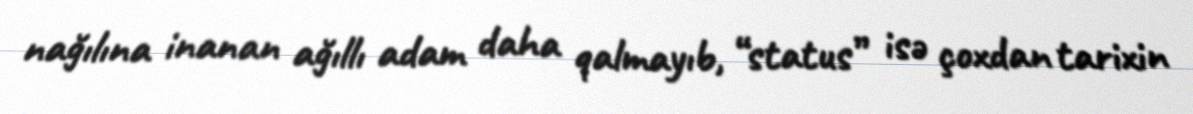
nağılına inanan ağıllı adam daha qalmayıb, “status” isə çoxdan tarixin